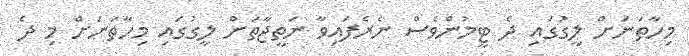
މިހާތަނަށް ލީގުގައި ދެ ޓީމުންވެސް ނެރެފައިވާ ނަތީޖާތަށް ލީގުގައި މިހާތަނަށް މި ދެ